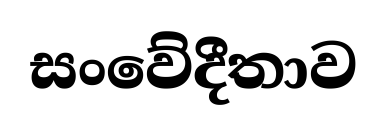
සංවේදීතාව